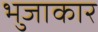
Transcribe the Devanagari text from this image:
भुजाकार